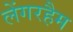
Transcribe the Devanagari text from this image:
लेंगरहैम